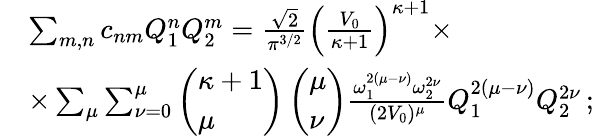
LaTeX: \begin{array}{rl}&{\sum_{m,n}c_{nm}Q_{1}^{n}Q_{2}^{m}=\frac{\sqrt{2}}{\pi^{3/2}}\left(\frac{V_{0}}{\kappa+1}\right)^{\kappa+1}\times}\\ &{\times\sum_{\mu}\sum_{\nu=0}^{\mu}\left(\begin{array}{l}{\kappa+1}\\ {\mu}\end{array}\right)\left(\begin{array}{l}{\mu}\\ {\nu}\end{array}\right)\frac{\omega_{1}^{2(\mu-\nu)}\omega_{2}^{2\nu}}{(2V_{0})^{\mu}}Q_{1}^{2(\mu-\nu)}Q_{2}^{2\nu}\, ;}\end{array}